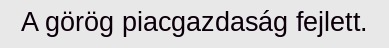
A görög piacgazdaság fejlett.